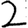
Digit: 2